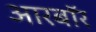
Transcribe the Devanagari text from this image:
आरबॉर